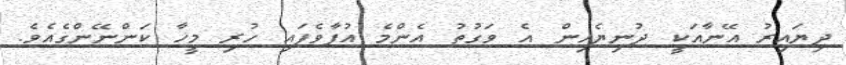
ދިޔައިރު އޭނާއަކީ ދުނިޔެއިން އެ ވަގުތު އެންމެ އުފާވެފައި ހުރި މީހާ ކަންނޭންގެއެވެ.